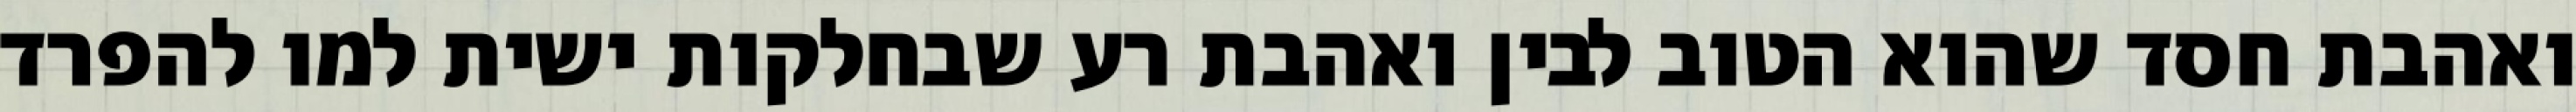
ואהבת חסד שהוא הטוב לבין ואהבת רע שבחלקות ישית למו להפרד